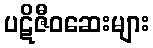
ပဋိဇီဝဆေးများ